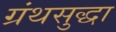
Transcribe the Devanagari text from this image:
ग्रंथसुद्धा